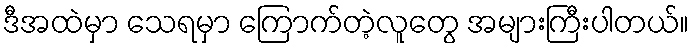
ဒီအထဲမှာ သေရမှာ ကြောက်တဲ့လူတွေ အများကြီးပါတယ်။